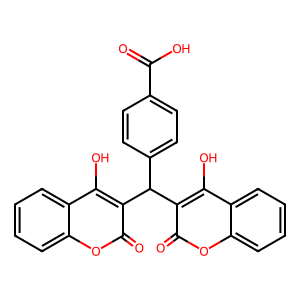
SMILES: O=C(O)c1ccc(C(c2c(O)c3ccccc3oc2=O)c2c(O)c3ccccc3oc2=O)cc1
Inhibits HIV replication: No